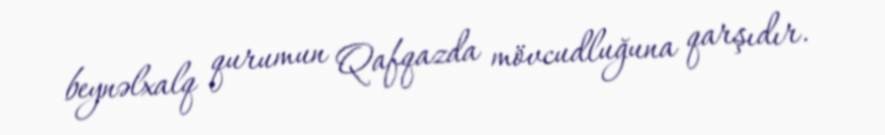
beynəlxalq qurumun Qafqazda mövcudluğuna qarşıdır.